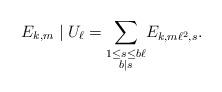
LaTeX: \begin{align*} E_{k,m} \mid U_\ell = \underset{ \substack { 1 \leq s \leq b\ell \\ b \mid s } }\sum E_{k, m \ell^2,s}.\end{align*}